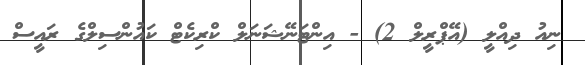
ނިއު ދިއްލީ (އޭޕްރީލް 2) - އިންޓަނޭޝަނަލް ކްރިކެޓް ކައުންސިލްގެ ރައީސް